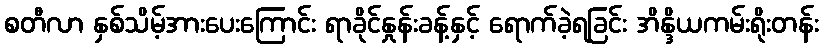
စတီလာ နှစ်သိမ့်အားပေးကြောင်း ရာခိုင်နှုန်းခန့်နှင့် ရောက်ခဲ့ရခြင်း အိန္ဒိယကမ်းရိုးတန်း